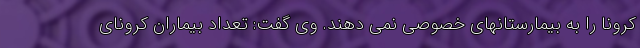
کرونا را به بیمارستانهای خصوصی نمی دهند. وی گفت: تعداد بیماران کرونای